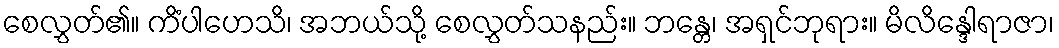
စေလွှတ်၏။ ကိံပါဟေသိ၊ အဘယ်သို့ စေလွှတ်သနည်း။ ဘန္တေ၊ အရှင်ဘုရား။ မိလိန္ဒေါရာဇာ၊